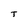
Character: T